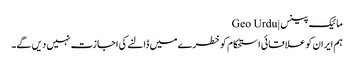
مائیک پینس | Geo Urdu
ہم ایران کو علاقائی استحکام کو خطرے میں ڈالنے کی اجازت نہیں دیں گے۔